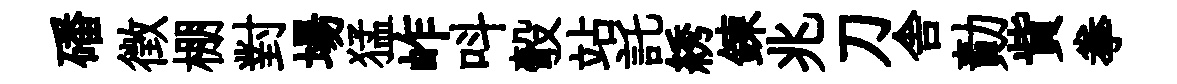
磻徴棚對場猛岞呌彀站託綉鍊兆刀舎勣貲拳